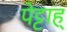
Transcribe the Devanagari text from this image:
पेट्टाह्